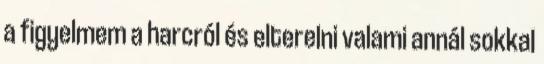
a figyelmem a harcról és elterelni valami annál sokkal